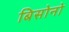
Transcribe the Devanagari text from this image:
बिसोनो